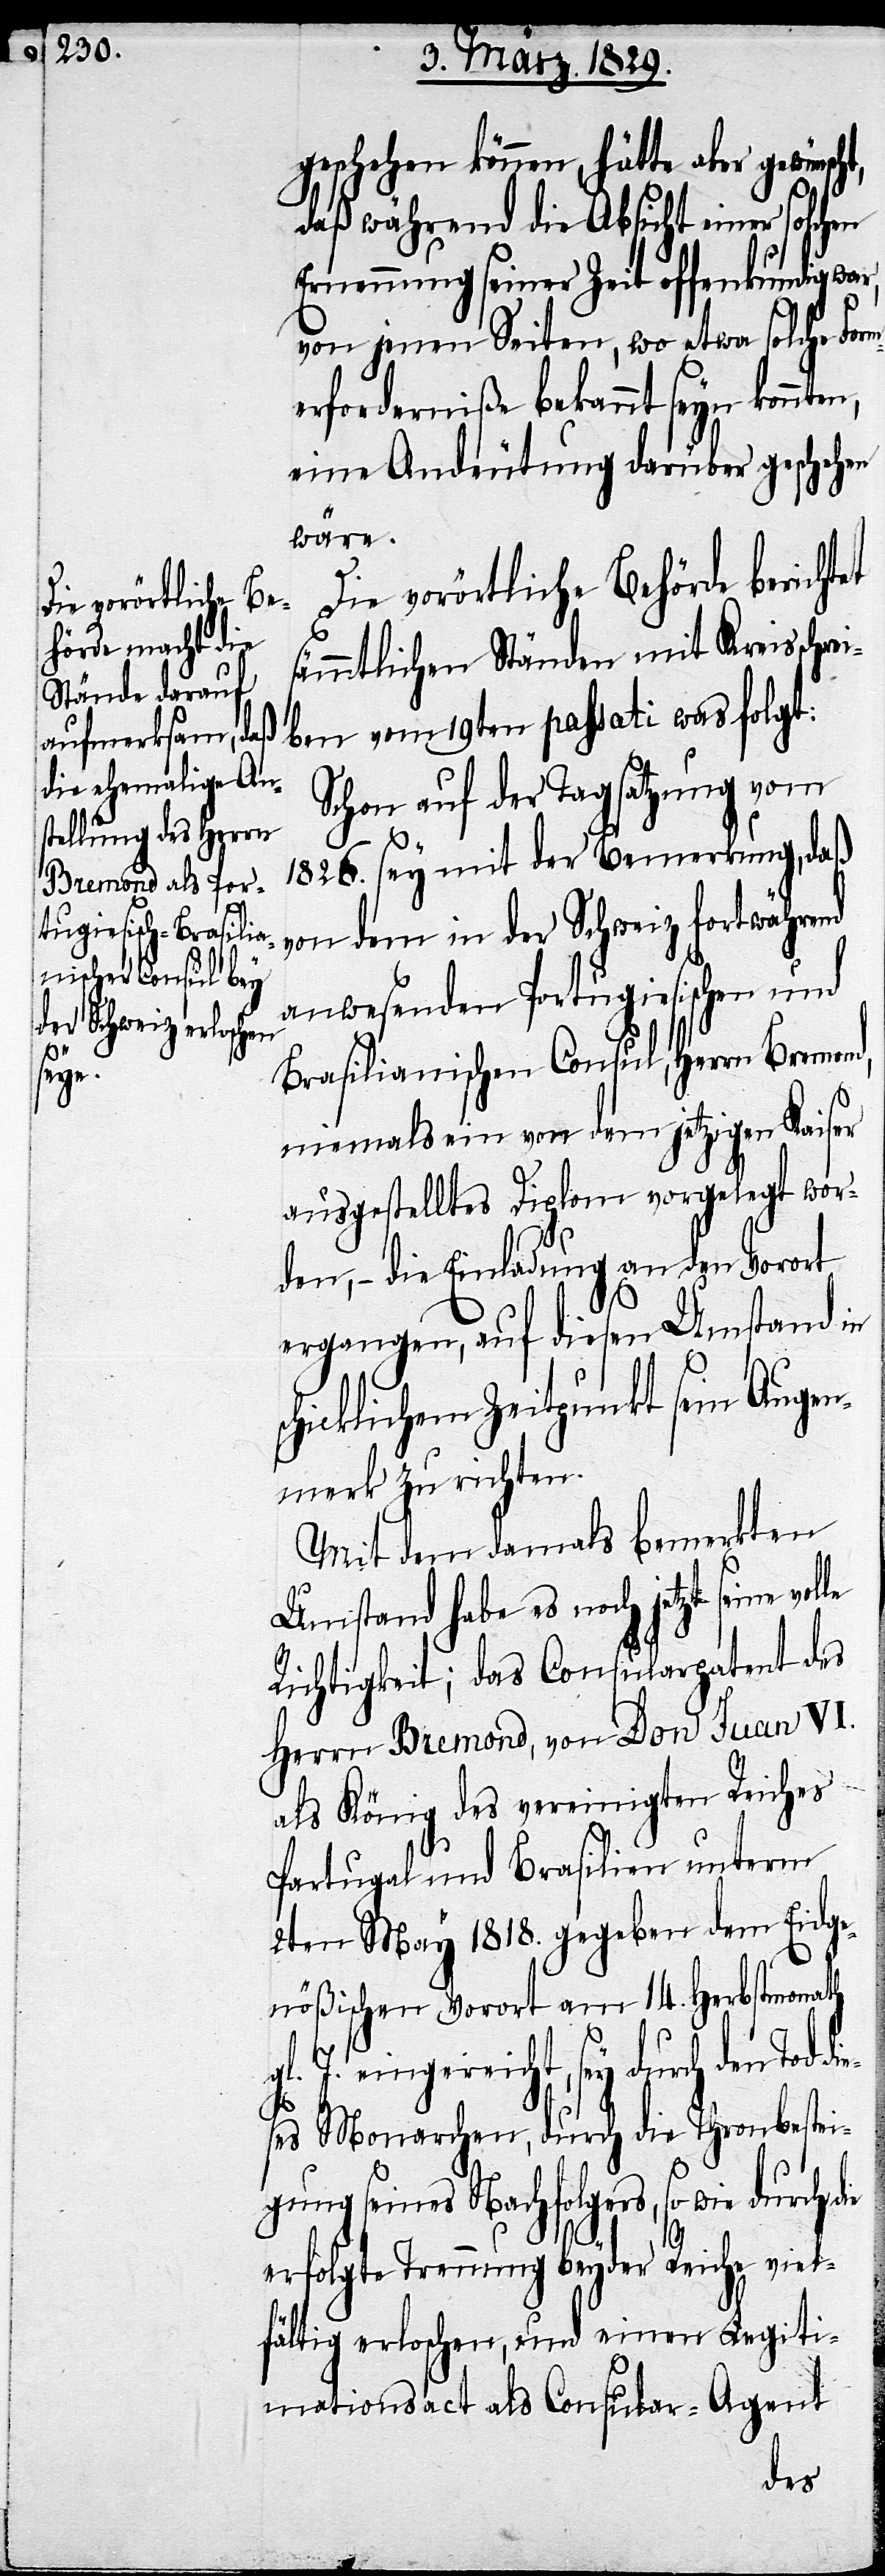
die¬

geschehen können, hätte aber
daß während die Absicht einer solchen
Ernennung seiner Zeit offenkundig war,
von jenen Seiten, wo etwa solche For¬
merforderniße bekannt seyn könnten,
eine Ankündigung darüber geschehen
wäre.
s¬
Die vorörtliche Behörde berichtet
sämmtlichen Ständen mit Kreisschrei¬
ben vom 19ten passati was folgt:
Schon mit der Tagsatzung vom
1826. sey mit der Bemerkung, daß
von dem in der Schweiz fortwährend
anwesenden Portugiesischen und
Brasilianischen Consul, Herrn Bremond,
niemals ein von dem jetzigen Kaiser
ausgestelltes Diplom vorgelegt wor¬
den,– die Einladung an den Vorort
ergangen, auf diesen Umstand in
chicklichem Zeitpunkt sein Augen¬
merk zu richten.
Mit dem damals bemerkten
Umstand hab es noch jetzt seine
Richtigkeit; das Consularpatent des
Herrn Bremond, von Don Juan VI.
als König des vereinigten Reiches
Portugal und Brasilien unterm
2ten May 1818. gegeben dem Eidge¬
nößischen Vorort am 14. Herbstmonath
J. eingereicht, sey durch den Tod
ses Monarchen, durch die Thronbestei¬
gung seines Nachfolgers, so wie
erfolgte Trennung beyder Reiche viel¬
fältig erloschen, und einen Legiti¬
mationsact als Consular-Agent